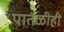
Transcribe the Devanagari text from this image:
पातळीही